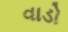
વાડો